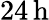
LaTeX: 24\, \mathrm{{h}}